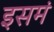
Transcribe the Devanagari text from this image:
इसमं